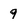
Character: q